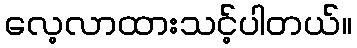
လေ့လာထားသင့်ပါတယ်။